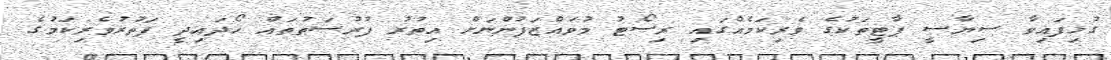
ގުޅިފައިވާ ސިޔާސީ ޕާޓީތަކުގެ ވެރިކަމެއްގައި ރިސޯޓު މުވައްޒަފުންނަށް އިތުރު ފުރުސަތުތައް ހޯދައިދީ ފަތުރުވެރިކަމުގެ